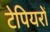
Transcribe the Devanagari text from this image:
टेपियरों